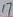
Text: 17